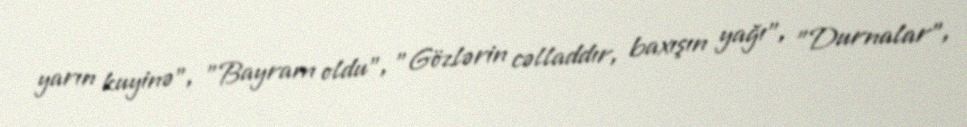
yarın kuyinə", "Bayram oldu", "Gözlərin cəlladdır, baxışın yağı", "Durnalar",